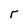
Character: r